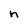
Character: n